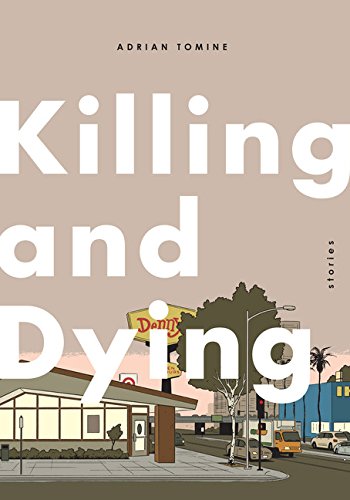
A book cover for Killing and Dying; Adrian Tomine; Comics & Graphic Novels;